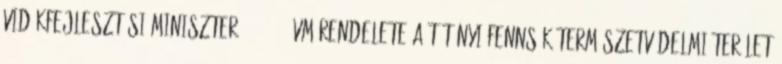
vidékfejlesztési miniszter. 2011. . VM rendelete a Tétényi-fennsík természetvédelmi terület